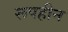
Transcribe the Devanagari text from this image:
रूपहीन